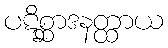
ပဋိစ္ဆာဒနတ္ထာယ